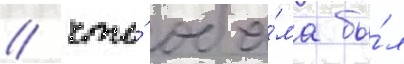
/ что́ оба́ма бы́л